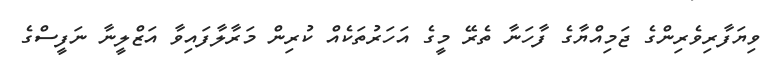
ވިޔަފާރިވެރިންގެ ޖަމިއްޔާގެ ފާހަނާ ތެރޭ މީގެ އަހަރުތަކެއް ކުރިން މަރާލާފައިވާ އަޒްލީނާ ނަފީސްގެ